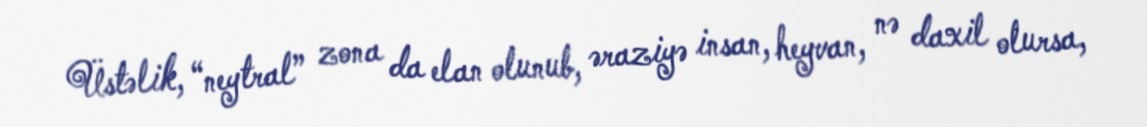
Üstəlik, “neytral” zona da elan olunub, əraziyə insan, heyvan, nə daxil olursa,